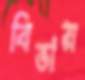
বিভায়